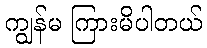
ကျွန်မ ကြားမိပါတယ်